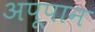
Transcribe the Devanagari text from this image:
अपूपान